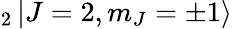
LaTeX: _{2}\mathinner{|{J=2,m_{J}=\pm 1}\rangle}